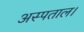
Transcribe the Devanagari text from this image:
अस्पताल।